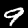
Digit: 9